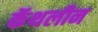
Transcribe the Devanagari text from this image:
कॅथलीन